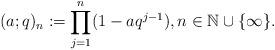
LaTeX: \begin{align*}(a;q)_n:=\prod_{j=1}^n(1-aq^{j-1}),n\in\mathbb{N}\cup\{\infty\}.\end{align*}